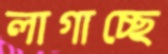
লাগাচ্ছে